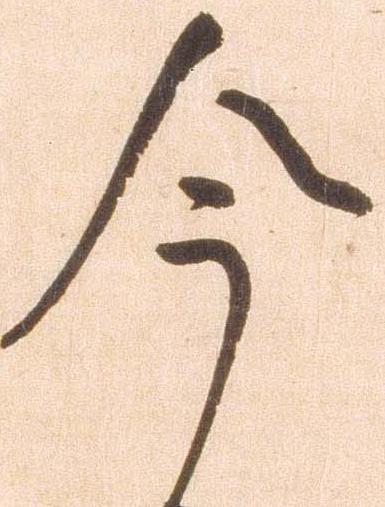
今